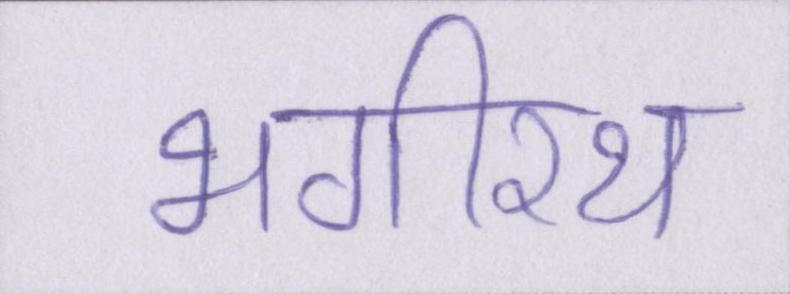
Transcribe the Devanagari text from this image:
भगीरथ